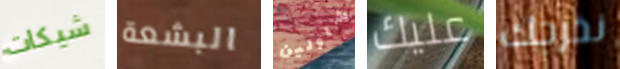
شيكات البشعة شاولين عليك نخرجك